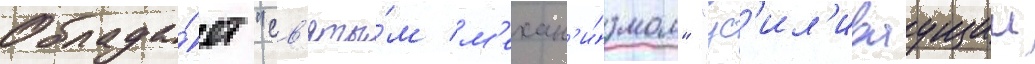
Облада́ет "св'яты́м м'ехан'и́змом" "ус'ил'иваущии